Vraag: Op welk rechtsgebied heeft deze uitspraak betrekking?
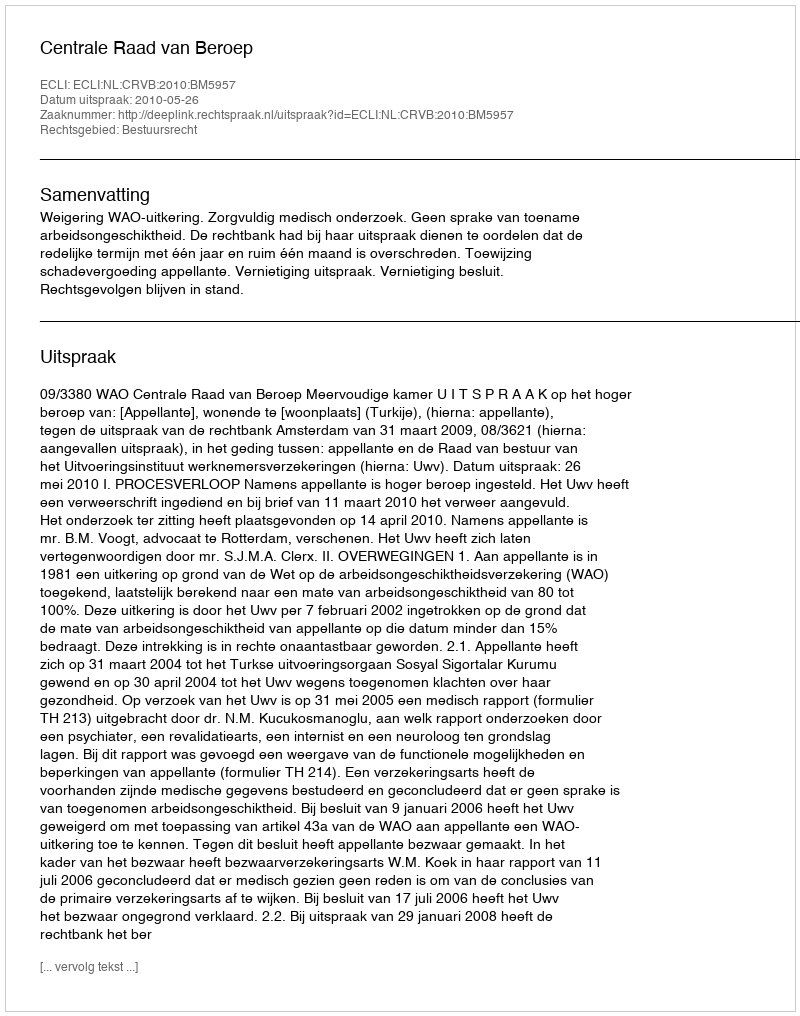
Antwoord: Bestuursrecht